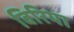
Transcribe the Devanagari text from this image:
विरिया